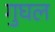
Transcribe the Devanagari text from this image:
गुघल